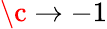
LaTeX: \c\to-1